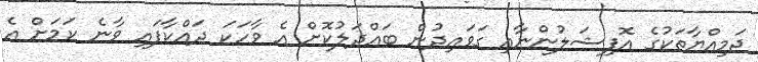
ޖަމިއްޔާތަކުގެ އޮފިޝަލުންނާއި ގަވައިދުން ބައްދަލުކޮށް އެ ވާހަކަ ދައްކާފައި ވާނެ ކަމަށް އެ